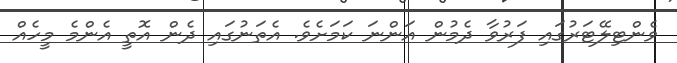
ވެންޓިލޭޓަރުގައި ފަރުވާ ދެމުން އަންނަ ކަމަށެވެ. އެތަނުގައި ދެން އޮތީ އެންމެ މީހެއް